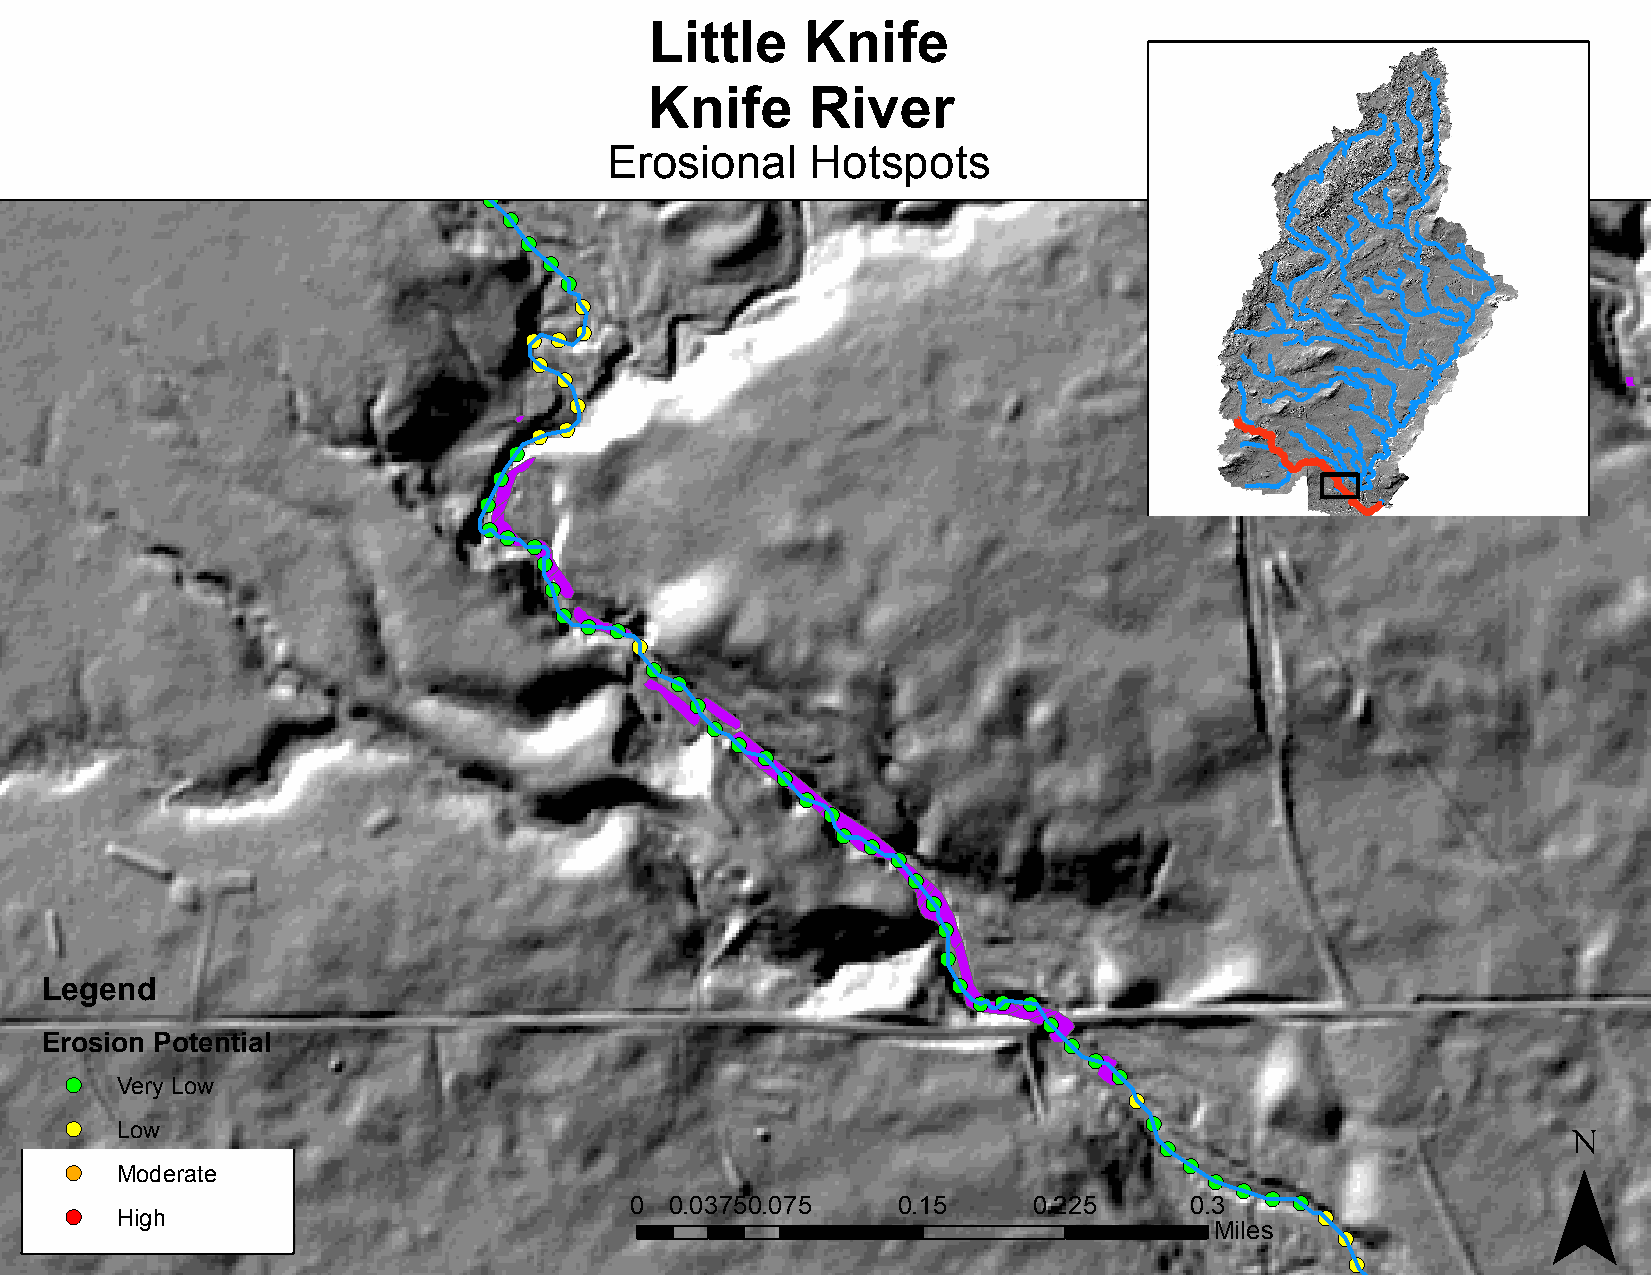
Little    Knife
 Knife      River
 !(
 Erosional     Hotspots
 !(
 !(
 !(
 !(
 !(
 !(
 !(
 !(
 !(
 !( !(
 !(
 !(
 !(
 !(
 !(
 !(
 !(
 !(
 !(
 !(
 !(
 !(
 !(
 !(
 !( !(
 !(
 !(
 !(
 !(
 !(
 !(
 !(
 !(
 !(
 !(
 !(
 !(
 !(
 !(
 !(
 !(
 !(
 !(
 Legend
 !( !( !(
 !(
 Erosion Potential                                                  !(
 !(
 !(
 !(  Very Low
 !(                          ¯
 !(  Low                                                                 !(
 !(
 !(
 !(  Moderate                                                                !(
 !(
 !( !(
 0 0.0375 0.075   0.15     0.225      0.3
 !(  High                                                                           !(
 Miles    !(
 !(
 !(
 !(
 !(